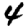
Digit: 4